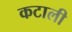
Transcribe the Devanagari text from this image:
कटाली